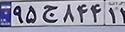
۵۹ج۸۴۴۱۳